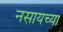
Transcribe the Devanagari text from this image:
नसायच्या